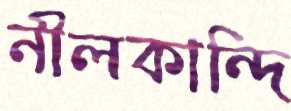
নীলকান্দি